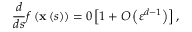
\frac { d } { d s } f \left( \mathbf { x } \left( s \right) \right) = 0 \left[ 1 + O \left( \varepsilon ^ { d - 1 } \right) \right] ,